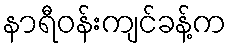
နာရီဝန်းကျင်ခန့်က